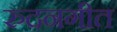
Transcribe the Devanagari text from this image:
रुदनगीत